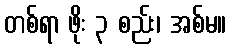
တစ်ရာ ဖိုး ၃ စည်း၊ အစ်မ။